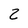
Character: z